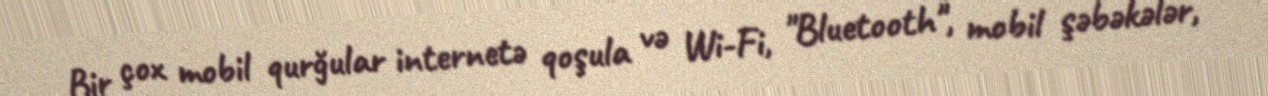
Bir çox mobil qurğular internetə qoşula və Wi-Fi, "Bluetooth", mobil şəbəkələr,